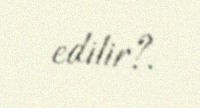
edilir?.